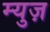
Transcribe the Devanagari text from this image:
म्युज़